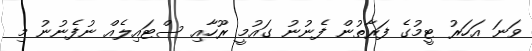
ވަނަ އަހަރު ޓީމުގެ ފަރާތުން ފެނުނު ގައުމީ ރޫހާއި ސްޓައިލެއް ނުފެނުނު މި